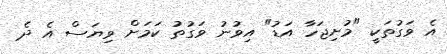
އެ ވަގުތަކީ "މުށިޖަހާ އަޑު" އިވުނު ވަގުތު ކަމަށް ވިޔަސް އެ ދެ